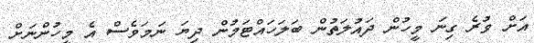
އަށް ވުރެ ގިނަ މީހުން ދައުލަތުން ބަލަހައްޓަމުން ދިޔަ ނަމަވެސް އެ މީހުންނަށް